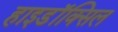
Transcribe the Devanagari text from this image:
हाइडॉक्सिल